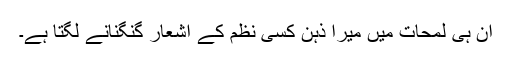
ان ہی لمحات میں میرا ذہن کسی نظم کے اشعار گنگنانے لگتا ہے۔